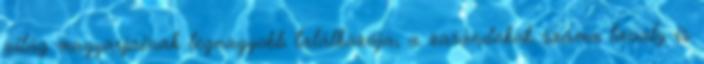
világ magyarjainak legnagyobb találkozója, a zarándokok száma tavaly is